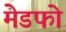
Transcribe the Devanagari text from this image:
मेडफो